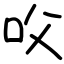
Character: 㕮